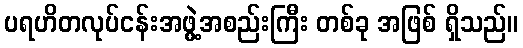
ပရဟိတလုပ်ငန်းအဖွဲ့အစည်းကြီး တစ်ခု အဖြစ် ရှိသည်။